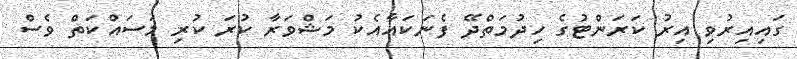
ގައިއިރުވި އިރު ކަރަންްޓުގެ ހިދުމަތްދޭ ފެނަކައާއެކު މަޝްވަރާ ކުރަ ކުރި މަސައްކަތް ވެސް